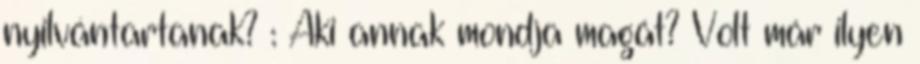
nyilvántartanak? : Aki annak mondja magát? Volt már ilyen